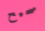
صحيح